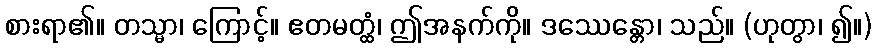
စားရာ၏။ တသ္မာ၊ ကြောင့်။ ဧတမတ္ထံ၊ ဤအနက်ကို။ ဒဿေန္တော၊ သည်။ (ဟုတွာ၊ ၍။)